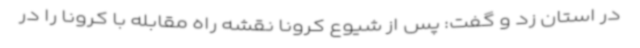
در استان زد و گفت: پس از شیوع کرونا نقشه راه مقابله با کرونا را در